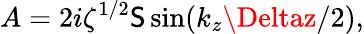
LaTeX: A=2i\zeta^{1/2}\mathsf{S}\sin(k_{z}\Deltaz/2),